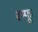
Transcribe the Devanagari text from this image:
रम्फू